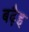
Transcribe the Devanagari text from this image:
बढ़ैइ